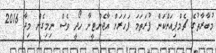
މުބާރާތުގެ ޗެމްޕިއަންކަން ފުރަތަމަ ފަހަރަށް އާޖެންޓީނާ ހޯދީ ވެސް ނިމިގެން މިދާ 2016